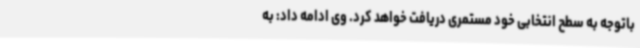
باتوجه به سطح انتخابی خود مستمری دریافت خواهد کرد. وی ادامه داد: به